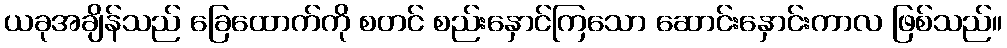
ယခုအချိန်သည် ခြေထောက်ကို စတင် စည်းနှောင်ကြသော ဆောင်းနှောင်းကာလ ဖြစ်သည်။